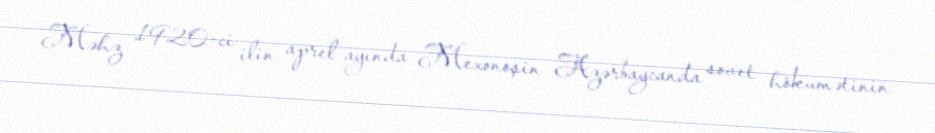
Məhz 1920-ci ilin aprel ayında Mexonoşin Azərbaycanda sovet hökumətinin